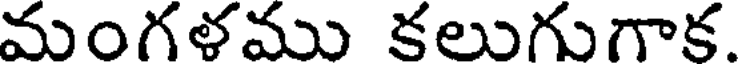
మంగళము కలుగుగాక.